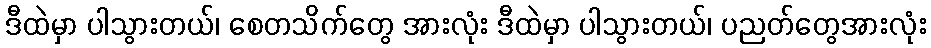
ဒီထဲမှာ ပါသွားတယ်၊ စေတသိက်တွေ အားလုံး ဒီထဲမှာ ပါသွားတယ်၊ ပညတ်တွေအားလုံး